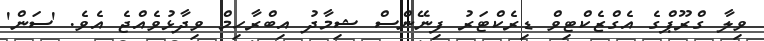
ވިލާ ގްރޫޕްގެ އެގްޒެކްޓިވް ޑިރެކްޓަރު ފިނޭންސް ޝިމާދު އިބްރާހިމް ވިދާޅުވެއްޖެ އެވެ. 'ސަން'